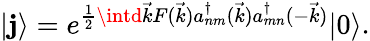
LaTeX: |\mathbf{j}\rangle=e^{\frac{{1}}{{2}}\intd\vec{{k}}F(\vec{{k}})a_{nm}^{\dagger}(\vec{{k}})a_{mn}^{\dagger}(-\vec{{k}})}|0\rangle.